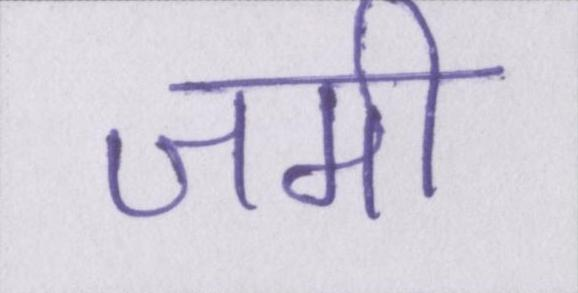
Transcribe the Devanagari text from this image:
जमी